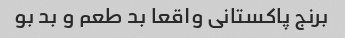
برنج پاکستانی واقعا بد طعم و بد بو